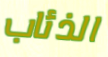
الذئاب